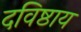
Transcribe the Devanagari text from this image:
दविष्ठाय